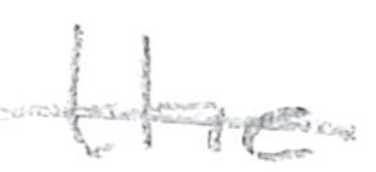
Text: the
Cross-out: single-line
Writing tool: pencil